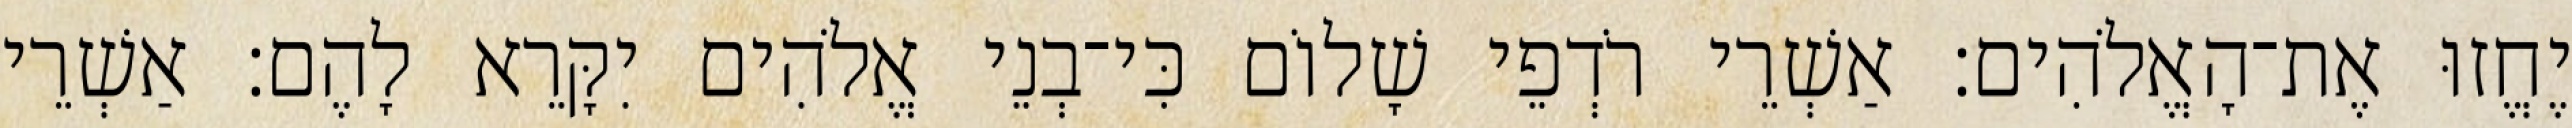
יֶחֱזוּ אֶת־הָאֱלֹהִים׃ אַשְׁרֵי רֹדְפֵי שָׁלוֹם כִּי־בְנֵי אֱלֹהִים יִקָּרֵא לָהֶם׃ אַשְׁרֵי